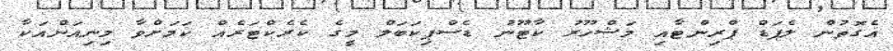
އެގޮތުން ލެޕަޑް ޕްރިންޓާއި މަޝްހޫރު ކާޓޫނު ޑެސްޕިކަބަލް މީގެ ކެރެކްޓަރެއް ކަމަށްވާ މިނިއަންއަކާ